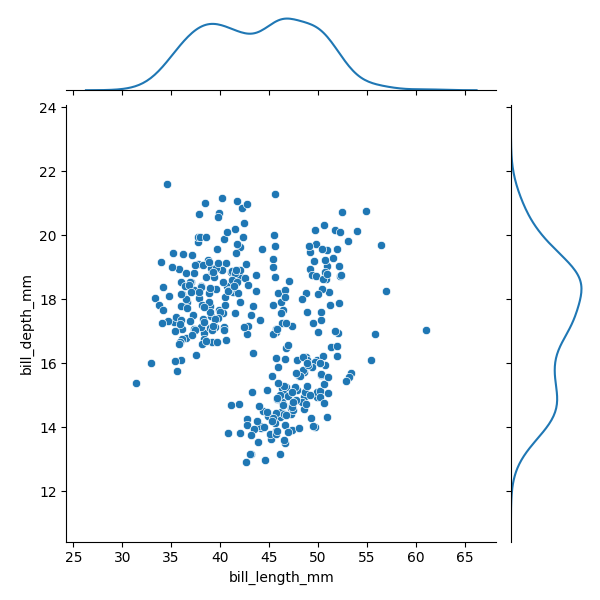
python, seaborn, JointGrid, scatterplot, kdeplot